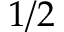
1 / 2